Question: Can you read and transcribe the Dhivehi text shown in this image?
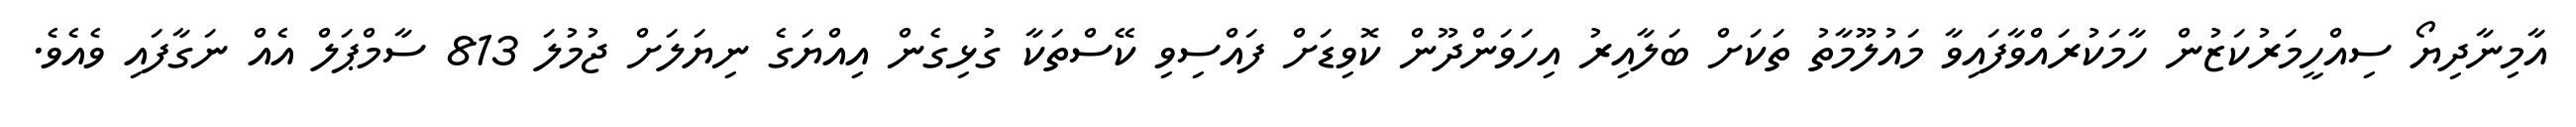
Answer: އާމިނާދިޔޯ ސިއްހީމަރުކަޒުން ހާމަކުރައްވާފައިވާ މައުލޫމާތު ތަކަށް ބަލާއިރު އިހަވަންދޫން ކޮވިޑަށް ފައްސިވި ކޭސްތަކާ ގުޅިގެން އިއްޔަގެ ނިޔަލަށް ޖުމުލަ 813 ސާމްޕަލް އެއް ނަގާފައި ވެއެވެ.